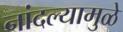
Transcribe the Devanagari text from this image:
नांदल्यामुळे